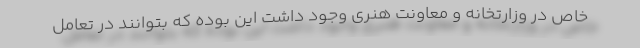
خاص در وزارتخانه و معاونت هنری وجود داشت این بوده که بتوانند در تعامل